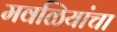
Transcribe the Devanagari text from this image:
मवळियांचा